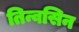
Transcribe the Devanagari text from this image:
तिन्वसिन